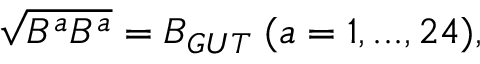
\sqrt { B ^ { a } B ^ { a } } = B _ { G U T } \; ( a = 1 , . . . , 2 4 ) ,